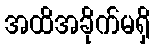
အထိအခိုက်မရှိ